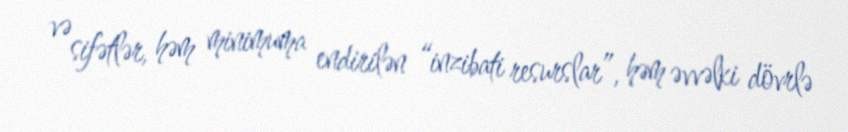
və sifətlər, həm minimuma endirilən “inzibati resurslar”, həm əvvəlki dövrlə